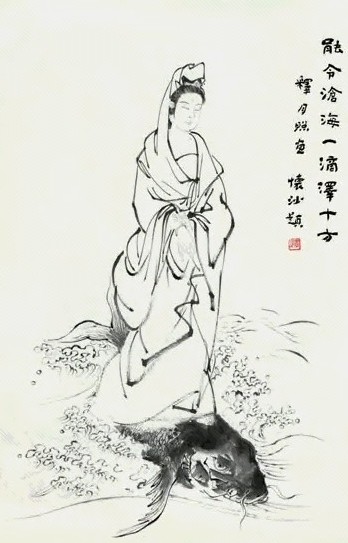
城头一片西山月，多少征人马上看。